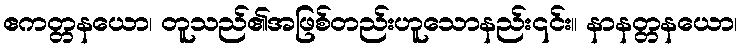
ဧကတ္တနယော၊ တူသည်၏အဖြစ်တည်းဟူသောနည်း၎င်း။ နာနတ္တနယော၊